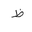
Letter: _za